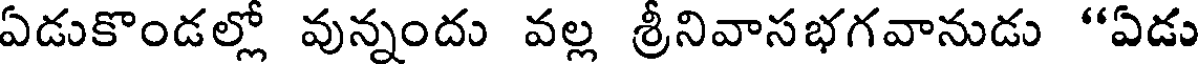
ఏడుకొండల్లో వున్నందు వల్ల శ్రీనివాసభగవానుడు "ఏడు